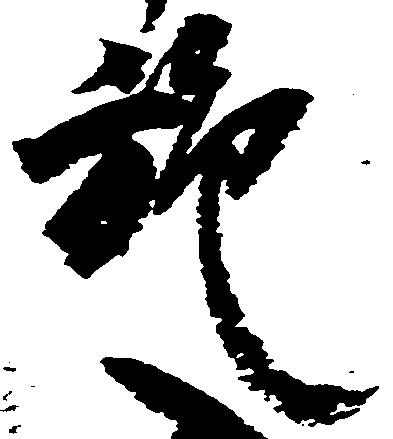
施